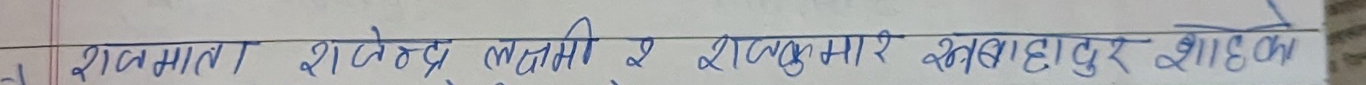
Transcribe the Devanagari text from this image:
शैलमाला राजेन्द्र लुइँटेल र राजकुमार खनाहादुर शाहीको